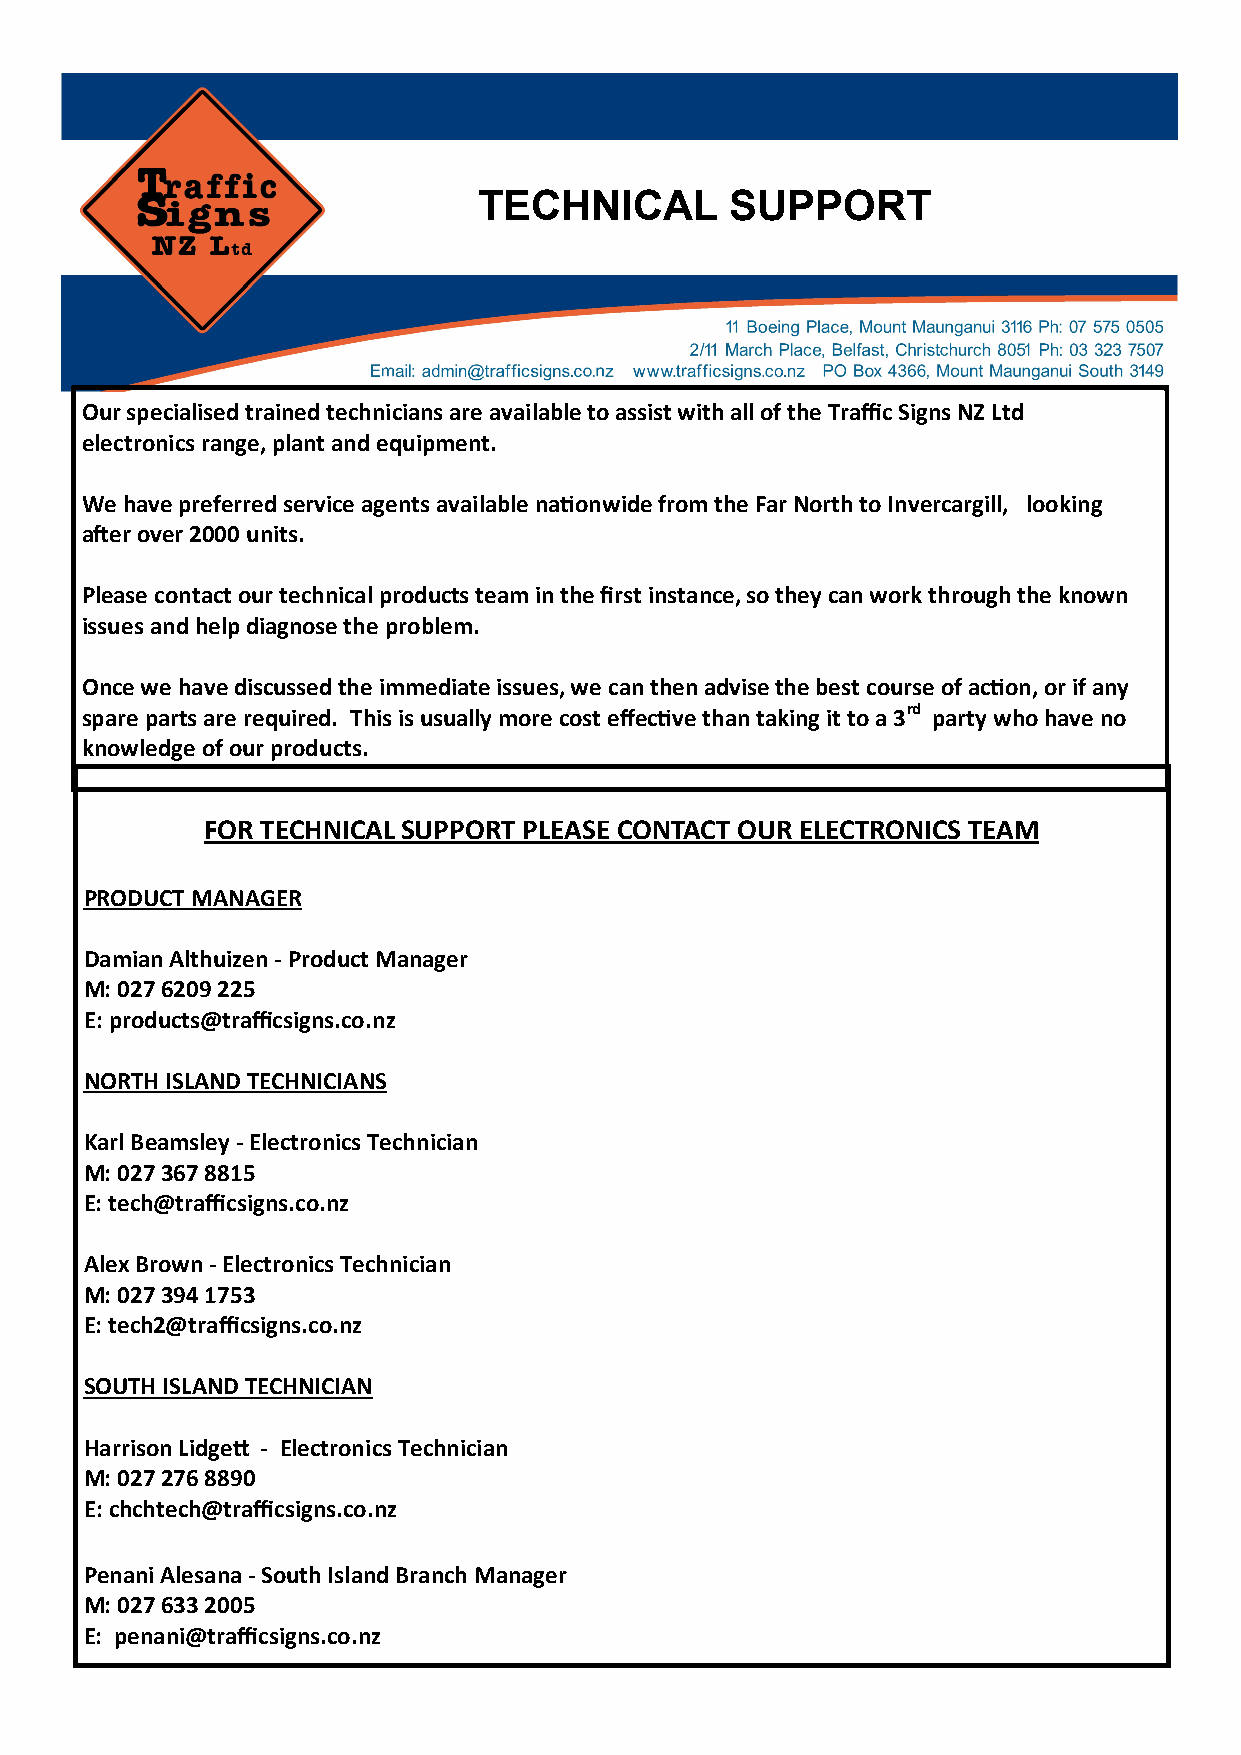
TECHNICAL       SUPPORT
 Our specialised trained technicians are available to assist with all of the Traffic Signs NZ Ltd
 electronics range, plant and equipment.
 We have preferred service agents available nationwide from the Far North to Invercargill, looking
 after over 2000 units.
 Please contact our technical products team in the first instance, so they can work through the known
 issues and help diagnose the problem.
 Once we have discussed the immediate issues, we can then advise the best course of action, or if any
 spare parts are required. This is usually more cost effective than taking it to a 3rd party who have no
 knowledge of our products.
 FOR TECHNICAL SUPPORT PLEASE CONTACT OUR ELECTRONICS TEAM
 PRODUCT MANAGER
 Damian Althuizen - Product Manager
 M: 027 6209 225
 E: products@trafficsigns.co.nz
 NORTH ISLAND TECHNICIANS
 Karl Beamsley - Electronics Technician
 M: 027 367 8815
 E: tech@trafficsigns.co.nz
 Alex Brown - Electronics Technician
 M: 027 394 1753
 E: tech2@trafficsigns.co.nz
 SOUTH ISLAND TECHNICIAN
 Harrison Lidgett - Electronics Technician
 M: 027 276 8890
 E: chchtech@trafficsigns.co.nz
 Penani Alesana - South Island Branch Manager
 M: 027 633 2005
 E: penani@trafficsigns.co.nz